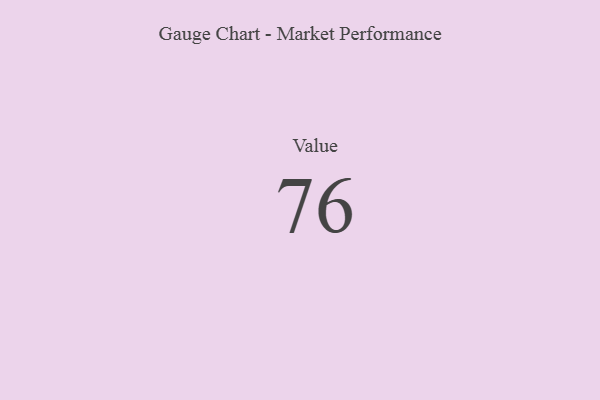
{"axis": {"x": "Metric", "y": "Value"}, "legend": [""], "data": [{"x": "Value", "y": 76, "type": ""}]}